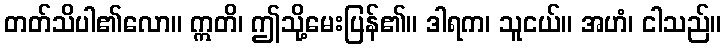
တတ်သိပါ၏လော။ ဣတိ၊ ဤသို့မေးပြန်၏။ ဒါရက၊ သူငယ်။ အဟံ၊ ငါသည်။